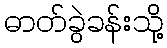
ဓာတ်ခွဲခန်းသို့